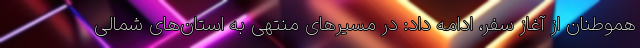
هموطنان از آغاز سفر، ادامه داد: در مسیرهای منتهی به استان‌های شمالی